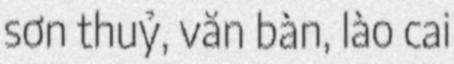
sơn thuỷ, văn bàn, lào cai